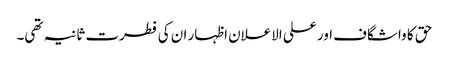
حق کا واشگاف اور علی الاعلان اظہار ان کی فطرت ثانیہ تھی۔